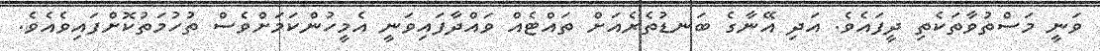
ވަނީ މަސްތުވާތަކެތި ދީފައެވެ. އަދި އޭނާގެ ބަނޑުތެރެއަށް ތައްޓެއް ވައްދާފައިވަނީ އެމީހުންކަމަށްވެސް ތުހުމަތުކޮށްފައިވެއެވެ.